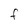
Character: F